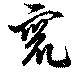
竄